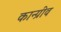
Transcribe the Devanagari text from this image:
कान्ग्रीव